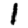
Digit: 1